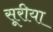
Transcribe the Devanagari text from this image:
सूरीया